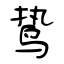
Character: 鸷